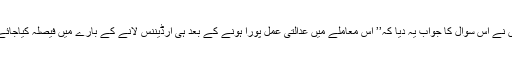
انہوں نے اس سوال کا جواب یہ دیا کہ’’ اس معاملے میں عدالتی عمل پورا ہونے کے بعد ہی آرڈیننس لانے کے بارے میں فیصلہ کیاجائے گا۔